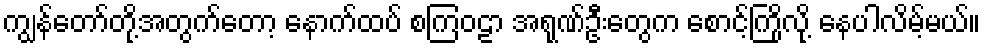
ကျွန်တော်တို့အတွက်တော့ နောက်ထပ် စကြဝဠာ အရုဏ်ဦးတွေက စောင့်ကြိုလို့ နေပါလိမ့်မယ်။